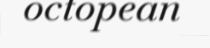
octopean